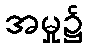
အမှု၌